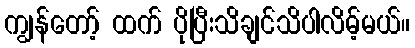
ကျွန်တော့် ထက် ပိုပြီးသိချင်သိပါလိမ့်မယ်။